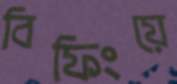
বিফিংয়ে